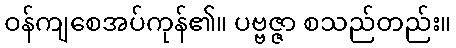
ဝန်ကျစေအပ်ကုန်၏။ ပဗ္ဗဇ္ဇာ စသည်တည်း။